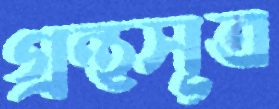
গ্রন্থসূত্র